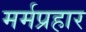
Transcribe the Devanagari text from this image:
मर्मप्रहार